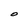
Character: O